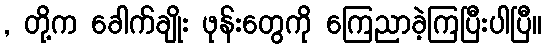
, တို့က ခေါက်ချိုး ဖုန်းတွေကို ကြေညာခဲ့ကြပြီးပါပြီ။